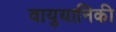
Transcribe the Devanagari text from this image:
वायुयानिकी